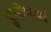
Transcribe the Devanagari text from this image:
क्रुसीफार्म